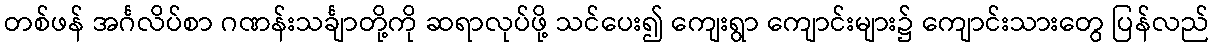
တစ်ဖန် အင်္ဂလိပ်စာ ဂဏန်းသင်္ချာတို့ကို ဆရာလုပ်ဖို့ သင်ပေး၍ ကျေးရွာ ကျောင်းများ၌ ကျောင်းသားတွေ ပြန်လည်